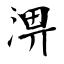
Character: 淠